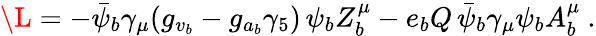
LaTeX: \L=-\bar{\psi}_{b}\gamma_{\mu}(g_{v_{b}}-g_{a_{b}}\gamma_{5})\, \psi_{b}Z_{b}^{\mu}-e_{b}Q\, \bar{\psi}_{b}\gamma_{\mu}\psi_{b}A_{b}^{\mu}~.